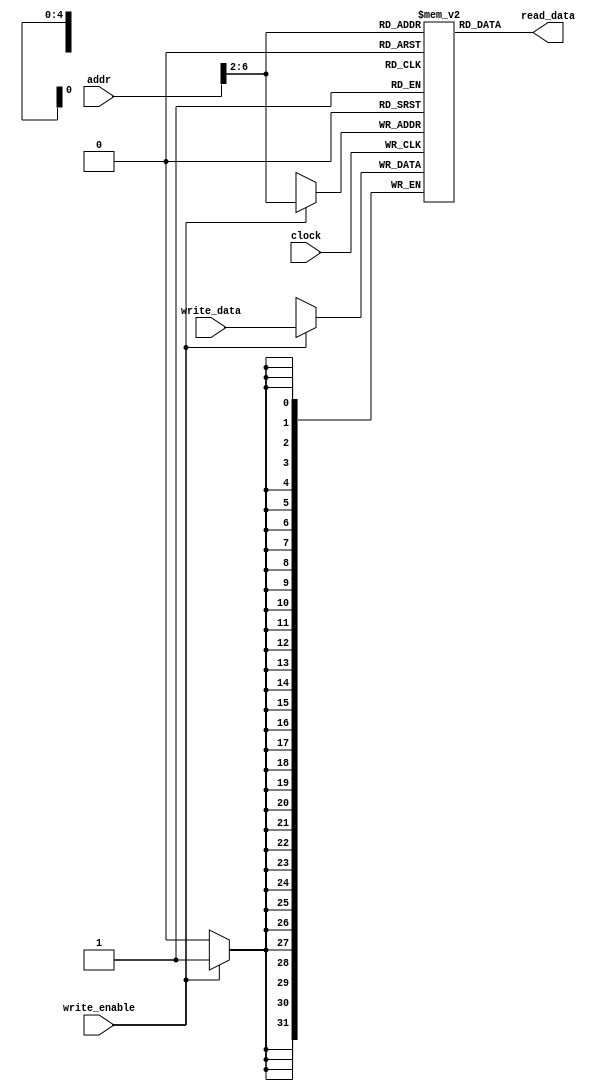
`timescale 1ns / 1ps
//////////////////////////////////////////////////////////////////////////////////
// Company: 
// Engineer: 
// 
// Design Name: 
// Module Name: data_memory
// Project Name: 
// Target Devices: 
// Tool Versions: 
// Description: 
// 
// Dependencies: 
// 
// Revision:
// Revision 0.01 - File Created
// Additional Comments:
// 
//////////////////////////////////////////////////////////////////////////////////


module data_memory
    (   
     input                clock,write_enable,
     input      [31:0]    addr,
     input      [31:0]    write_data,
     output reg [31:0]    read_data
    );
    
    wire [31:0]addr_eff;
    assign addr_eff  = {2'b00, addr[31:2]};
    
    reg [31:0]memory[31:0];
    
    always @ (*) begin
        read_data = memory[addr_eff];
    end
    
    always @ (posedge clock) begin
        if (write_enable) memory[addr_eff] <= write_data;
    end
    
    //for simuation only
//    initial begin
//        memory[0] = 32'b00000000000000000000000000000000;
//        memory[1] = 32'b00000000000000000000000000000000;
//        memory[2] = 32'b00000000000000000000000000000000;
//        memory[3] = 32'b00000000000000000000000000000000;
//        memory[4] = 32'b00000000000000000000000000000000;
//        memory[5] = 32'b00000000000000000000000000000000;
//        memory[6] = 32'b00000000000000000000000000000000;
//        memory[7] = 32'b00000000000000000000000000000000;
//    end
    
//    ram_1port #(8,32,5) memory3 (clock,addr_eff[4:0],addr_eff[4:0],write_data[31:24],write_enable,read_data[31:24]);
//    ram_1port #(8,32,5) memory2 (clock,addr_eff[4:0],addr_eff[4:0],write_data[23:16],write_enable,read_data[23:16]);
//    ram_1port #(8,32,5) memory1 (clock,addr_eff[4:0],addr_eff[4:0],write_data[15: 8],write_enable,read_data[15: 8]);
//    ram_1port #(8,32,5) memory0 (clock,addr_eff[4:0],addr_eff[4:0],write_data[7 : 0],write_enable,read_data[7 : 0]);
    
//    wire [1 : 0]start_byte;
//    assign start_byte = addr[1:0];
    
//    always @ (*) begin
//        /*
//            This always block reads data from data memory
//        */
//        case (start_byte)
//            2'b00 : begin
//                read_data[31:24] = memory3[addr_eff];
//                read_data[23:16] = memory2[addr_eff];
//                read_data[15: 8] = memory1[addr_eff];
//                read_data[7 : 0] = memory0[addr_eff];
//            end
//            2'b01 : begin
//                read_data[31:24] = memory0[addr_eff+1];
//                read_data[23:16] = memory3[addr_eff];
//                read_data[15: 8] = memory2[addr_eff];
//                read_data[7 : 0] = memory1[addr_eff];
//            end
//            2'b10 : begin
//                read_data[31:24] = memory1[addr_eff+1];
//                read_data[23:16] = memory0[addr_eff+1];
//                read_data[15: 8] = memory3[addr_eff];
//                read_data[7 : 0] = memory2[addr_eff];
//            end
//            default : begin
//                read_data[31:24] = memory2[addr_eff+1];
//                read_data[23:16] = memory1[addr_eff+1];
//                read_data[15: 8] = memory0[addr_eff+1];
//                read_data[7 : 0] = memory3[addr_eff];
//            end
//        endcase
//    end /*always*/
    
//    always @ (posedge clock) begin
//        /*
//            This always block is for writing data to data memory
//        */
//        if (write_enable == 1) begin
//            case (start_byte)
//                2'b00 : begin
//                    memory3[addr_eff] = write_data[31:24];
//                    memory2[addr_eff] = write_data[23:16];
//                    memory1[addr_eff] = write_data[15: 8];
//                    memory0[addr_eff] = write_data[7 : 0];
//                end
//                2'b01 : begin
//                    memory0[addr_eff+1] = write_data[31:24];
//                    memory3[addr_eff] = write_data[23:16];
//                    memory2[addr_eff] = write_data[15: 8];
//                    memory1[addr_eff] = write_data[7 : 0];
//                end
//                2'b10 : begin
//                    memory1[addr_eff+1] = write_data[31:24];
//                    memory0[addr_eff+1] = write_data[23:16];
//                    memory3[addr_eff] = write_data[15: 8];
//                    memory2[addr_eff] = write_data[7 : 0];
//                end
//                default : begin
//                    memory2[addr_eff+1] = write_data[31:24];
//                    memory1[addr_eff+1] = write_data[23:16];
//                    memory0[addr_eff+1] = write_data[15: 8];
//                    memory3[addr_eff] = write_data[7 : 0];
//                end
//            endcase
//        end /*if*/        
//    end /*always*/
    
endmodule